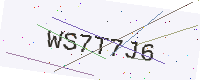
Text: WS7T7J6